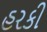
હરકી